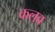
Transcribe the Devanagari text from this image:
कलव